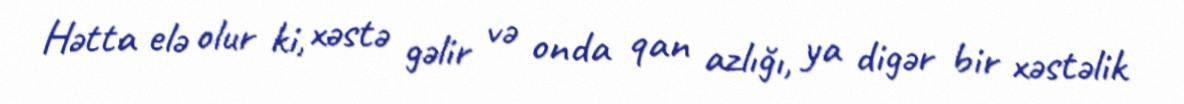
Hətta elə olur ki, xəstə gəlir və onda qan azlığı, ya digər bir xəstəlik